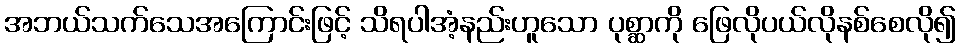
အဘယ်သက်သေအကြောင်းဖြင့် သိရပါအံ့နည်းဟူသော ပုစ္ဆာကို ဖြေလိုပယ်လိုနစ်စေလို၍